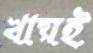
খায়ই